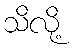
သိလို့